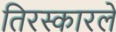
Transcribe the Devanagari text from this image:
तिरस्कारले